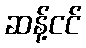
ဆန့်ငင်